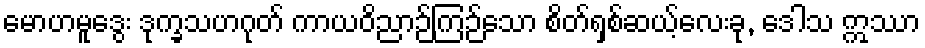
မောဟမူဒွေး ဒုက္ခသဟဂုတ် ကာယဝိညာဉ်ကြဉ်သော စိတ်ရှစ်ဆယ့်လေးခု, ဒေါသ ဣဿာ